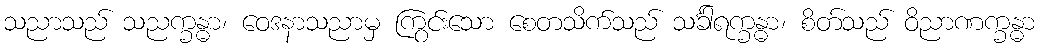
သညာသည် သညက္ခန္ဓာ၊ ဝေဒနာသညာမှ ကြွင်းသော စေတသိက်သည် သင်္ခါရက္ခန္ဓာ၊ စိတ်သည် ဝိညာဏက္ခန္ဓာ